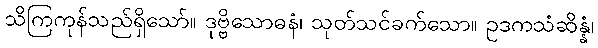
သိကြကုန်သည်ရှိသော်။ ဒုဗ္ဗိသောဓနံ၊ သုတ်သင်ခက်သော။ ဥဒကသံဆိန္နံ၊